Civil Veterinary Department Bengal reports 1933-51 - 1933-1951
Year: 1933
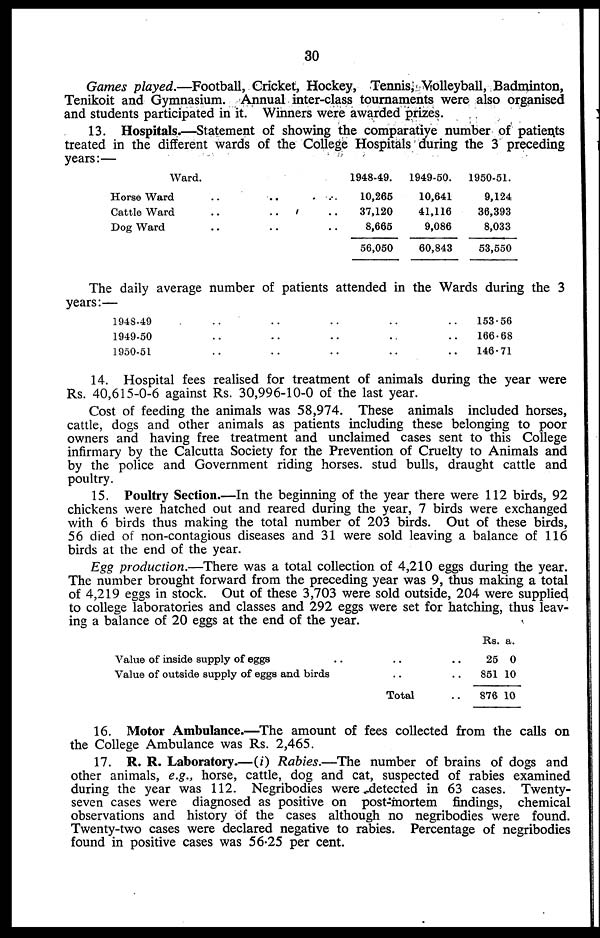
30
Games played.—Football, Cricket, Hockey, Tennis, Volleyball, Badminton,
Tenikoit and Gymnasium. Annual inter-class tournaments were also organised
and students participated in it. Winners were awarded prizes.
13. Hospitals.—Statement of showing the comparative number of patients
treated in the different wards of the College Hospitals during the 3 preceding
years:—
Ward.
Horse Ward .. .. ..
Cattle Ward .. .. ..
Dog Ward .. .. ..
1948-49.
10,265
37,120
8,665
56,050
1949-50.
10,641
41,116
9,086
60,843
1950-51.
9,124
36,393
8,033
53,550
The daily average number of patients attended in the Wards during the 3
years:—
1948-49 .. .. .. .. ..
1949-50 .. .. .. .. ..
1950-50 .. .. .. .. ..
153 .56
166.68
146.71
14. Hospital fees realised for treatment of animals during the year were
Rs. 40,615-0-6 against Rs. 30,996-10-0 of the last year.
Cost of feeding the animals was 58,974. These animals included horses,
cattle, dogs and other animals as patients including these belonging to poor
owners and having free treatment and unclaimed cases sent to this College
infirmary by the Calcutta Society for the Prevention of Cruelty to Animals and
by the police and Government riding horses stud bulls, draught cattle and
poultry.
15. Poultry Section.—In the beginning of the year there were 112 birds, 92
chickens were hatched out and reared during the year, 7 birds were exchanged
with 6 birds thus making the total number of 203 birds. Out of these birds,
56 died of non-contagious diseases and 31 were sold leaving a balance of 116
birds at the end of the year.
Egg production.—There was a total collection of 4,210 eggs during the year.
The number brought forward from the preceding year was 9, thus making a total
of 4,219 eggs in stock. Out of these 3,703 were sold outside, 204 were supplied
to college laboratories and classes and 292 eggs were set for hatching, thus leav-
ing a balance of 20 eggs at the end of the year.
Value of inside supply of eggs .. ....
Value of outside supply of eggs and birds ....
Total .. ..
Rs.
25
851
876
a.
0
10
10
16. Motor Ambulance.—The amount of fees collected from the calls on
the College Ambulance was Rs. 2,465.
17. R. R. Laboratory.—(i) Rabies.—The number of brains of dogs and
other animals, e.g., horse, cattle, dog and cat, suspected of rabies examined
during the year was 112. Negribodies were detected in 63 cases. Twenty-
seven cases were diagnosed as positive on post-mortem findings, chemical
observations and history of the cases although no negribodies were found.
Twenty-two cases were declared negative to rabies. Percentage of negribodies
found in positive cases was 56.25 per cent.